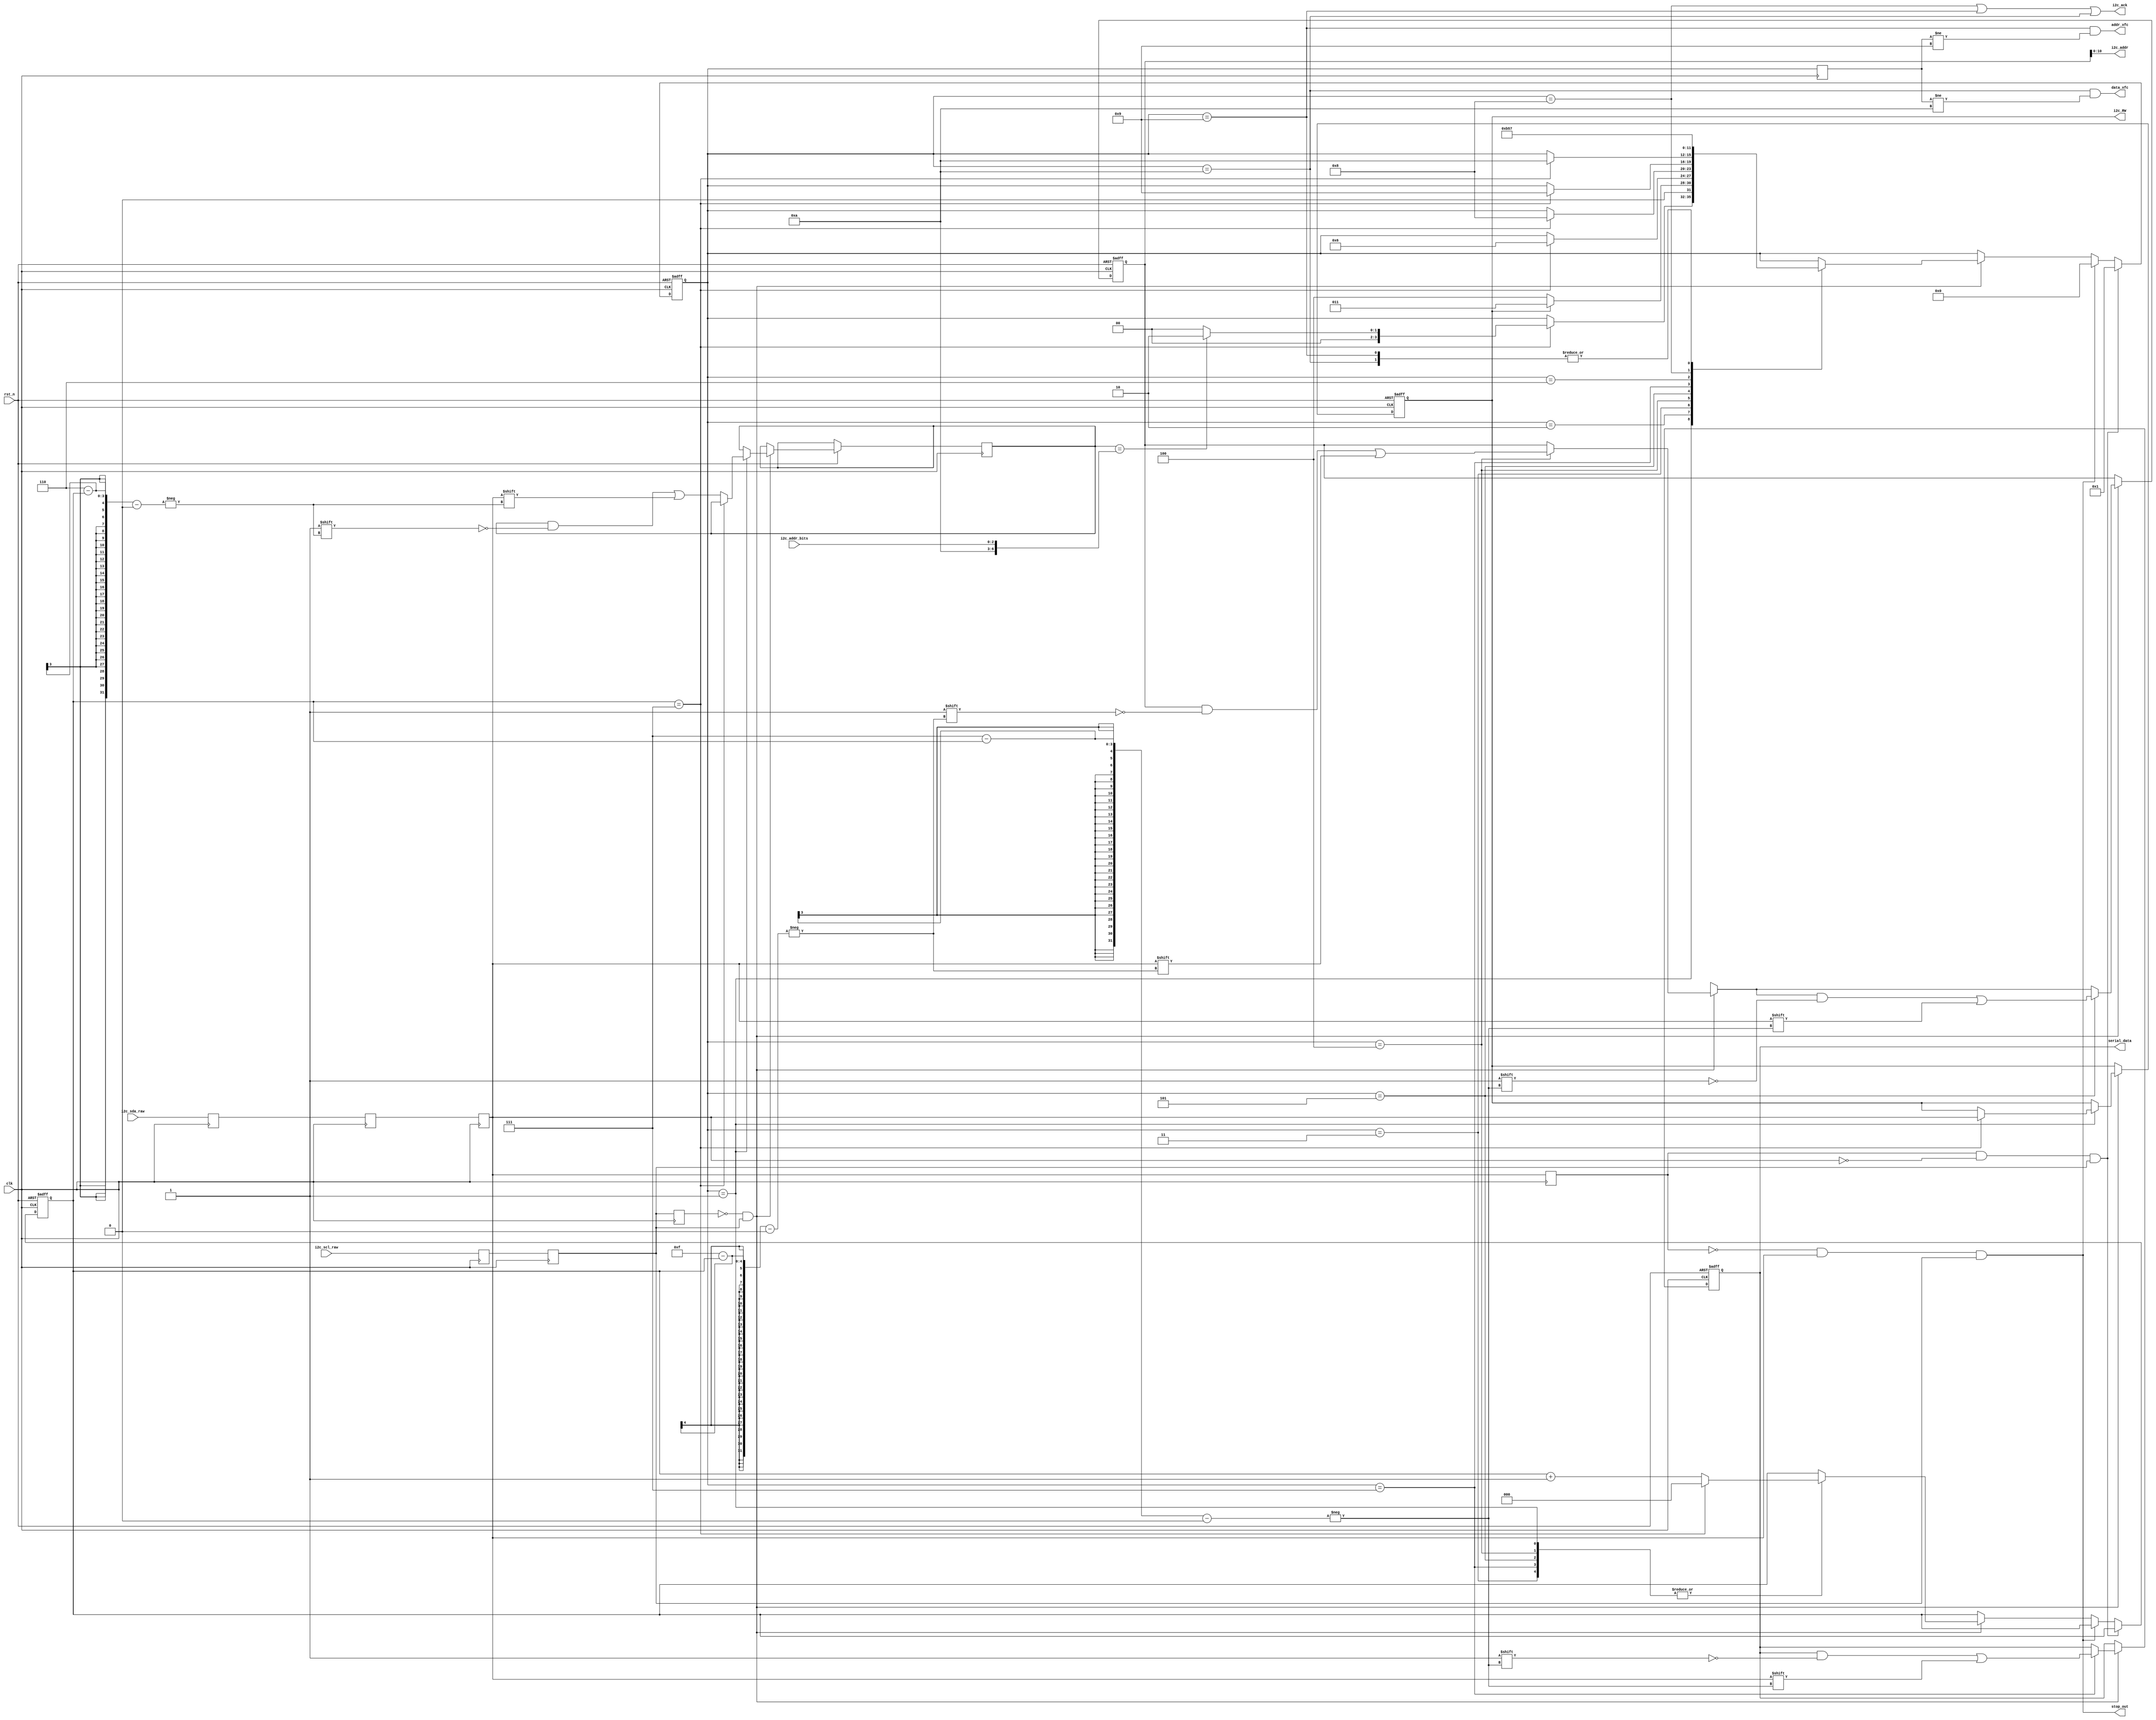
`timescale 1ns / 1ns

`define I2C_DESERIAL_STATE_IDLE                0
`define I2C_DESERIAL_STATE_ID                  1
`define I2C_DESERIAL_STATE_ACK_ID              2
`define I2C_DESERIAL_STATE_RD_DAT              3
`define I2C_DESERIAL_STATE_WR_ADDR_HI          4
`define I2C_DESERIAL_STATE_WR_ADDR_LO          5
`define I2C_DESERIAL_STATE_MASTER_ACK_RD_DAT   6
`define I2C_DESERIAL_STATE_WR_DAT              7
`define I2C_DESERIAL_STATE_ACK_WR_ADDR_HI      8
`define I2C_DESERIAL_STATE_ACK_WR_ADDR_LO      9
`define I2C_DESERIAL_STATE_ACK_WR_DAT          10
`define I2C_DESERIAL_STATE_RD                  11

module Deserializer(
    input clk,
    input rst_n,
    input i2c_sda_raw,
	input i2c_scl_raw,
    input [2:0] i2c_addr_bits, 
	  
    output reg          i2c_RW,	 
    output     [10:0]   i2c_addr,
	output              addr_xfc,
	output              i2c_ack,
	output              data_xfc,
	output reg [7:0]    serial_data,
	output              stop_out
	);
	 
    //Double and triple rank sda and scl
    reg scl_p1;
    reg sda_p1;
    reg sda_p2;
    reg sda_p3;
    reg i2c_scl;
    reg i2c_sda;

    reg [15:0] i2c_addr_rx;
    
    reg [3:0] i2c_deserial_state;
    reg [3:0] i2c_deserial_state_p1;
    reg [2:0] byte_bit_cnt;
    reg [6:0] i2c_received_id;

    //Set address with offboard bits 1010XXX
    wire [6:0] slave_addr ;

    assign i2c_addr = i2c_addr_rx[10:0];
    
    always@(posedge clk)
    begin
        scl_p1  <= i2c_scl_raw;
        i2c_scl <= scl_p1;
        
        sda_p1  <= i2c_sda_raw;
        sda_p2  <= sda_p1;
        sda_p3  <= sda_p2;
        i2c_sda <= sda_p2;          // Delay SDA input two cycles beyond SCL
        
        i2c_deserial_state_p1 <= i2c_deserial_state;
    end


    //Create SDA and SCL Pulse Signals, and states
    wire i2c_sda_pos_pulse;
    wire i2c_sda_neg_pulse;
    wire i2c_scl_pos_pulse;
    wire i2c_scl_neg_pulse;

    reg Q_sda;
    reg Q_scl;

    //Find incoming pulses and createlocal clocked pulses at edges
    always@(posedge clk)
    begin
        Q_sda = i2c_sda;
        Q_scl = i2c_scl;
    end
    
    assign i2c_sda_neg_pulse =  Q_sda && !i2c_sda;
    assign i2c_sda_pos_pulse = !Q_sda &&  i2c_sda;
    assign i2c_scl_neg_pulse =  Q_scl && !i2c_scl;
    assign i2c_scl_pos_pulse = !Q_scl &&  i2c_scl;

    assign slave_addr = {4'b1010 , i2c_addr_bits};  //set slave_addr = 1010XXX with external pins

    // A HIGH to LOW transition on the SDA line while SCL is HIGH defines a START condition.
    assign i2c_strt_condition = i2c_sda_neg_pulse && i2c_scl;
    
    // A LOW to HIGH transition on the SDA line while SCL is HIGH defines a STOP condition.        
    assign i2c_stop_condition = i2c_sda_pos_pulse && i2c_scl;

    always@(posedge clk or negedge rst_n)
    begin
        if (!rst_n)
        begin
            i2c_deserial_state <= `I2C_DESERIAL_STATE_IDLE;
            byte_bit_cnt <= 0;
        end
        
        else if (i2c_strt_condition)
            i2c_deserial_state <= `I2C_DESERIAL_STATE_ID;
                
        else if (i2c_stop_condition)
            i2c_deserial_state <= `I2C_DESERIAL_STATE_IDLE;

        else if (i2c_scl_pos_pulse)
        begin
            case (i2c_deserial_state)
                `I2C_DESERIAL_STATE_ID:
                    if (byte_bit_cnt == 7)
                    begin
                        if (i2c_received_id == slave_addr)
                            i2c_deserial_state <= `I2C_DESERIAL_STATE_ACK_ID;
                        else
                            i2c_deserial_state <= `I2C_DESERIAL_STATE_IDLE;
                            
                        byte_bit_cnt <= 0;
                    end
                    
                    else
                        byte_bit_cnt <= byte_bit_cnt + 1;       
                    
                `I2C_DESERIAL_STATE_ACK_ID:
                    if (i2c_RW)
                        i2c_deserial_state <= `I2C_DESERIAL_STATE_RD_DAT;
                    else
                        i2c_deserial_state <= `I2C_DESERIAL_STATE_WR_ADDR_HI;

                `I2C_DESERIAL_STATE_RD_DAT:
                    if (byte_bit_cnt == 7)
                    begin
                        i2c_deserial_state <= `I2C_DESERIAL_STATE_MASTER_ACK_RD_DAT;
                        byte_bit_cnt <= 0;
                    end
                    
                    else
                        byte_bit_cnt <= byte_bit_cnt + 1;       
                    
                `I2C_DESERIAL_STATE_WR_ADDR_HI:
                    if (byte_bit_cnt == 7)
                    begin
                        i2c_deserial_state <= `I2C_DESERIAL_STATE_ACK_WR_ADDR_HI;
                        byte_bit_cnt <= 0;
                    end
                    
                    else
                        byte_bit_cnt <= byte_bit_cnt + 1;       
                    
                `I2C_DESERIAL_STATE_WR_ADDR_LO:
                    if (byte_bit_cnt == 7)
                    begin
                        i2c_deserial_state <= `I2C_DESERIAL_STATE_ACK_WR_ADDR_LO;
                        byte_bit_cnt <= 0;
                    end
                    
                    else
                        byte_bit_cnt <= byte_bit_cnt + 1;       
                    
                `I2C_DESERIAL_STATE_WR_DAT:
                    if (byte_bit_cnt == 7)
                    begin
                        i2c_deserial_state <= `I2C_DESERIAL_STATE_ACK_WR_DAT;
                        byte_bit_cnt <= 0;
                    end
                    
                    else
                        byte_bit_cnt <= byte_bit_cnt + 1;       
                    
                `I2C_DESERIAL_STATE_MASTER_ACK_RD_DAT:
                    i2c_deserial_state <= `I2C_DESERIAL_STATE_RD;

                `I2C_DESERIAL_STATE_ACK_WR_ADDR_HI:
                    i2c_deserial_state <= `I2C_DESERIAL_STATE_WR_ADDR_LO;
                
                `I2C_DESERIAL_STATE_ACK_WR_ADDR_LO:
                    i2c_deserial_state <= `I2C_DESERIAL_STATE_WR_DAT;
                
                `I2C_DESERIAL_STATE_ACK_WR_DAT:
                    i2c_deserial_state <= `I2C_DESERIAL_STATE_WR_DAT;
                
            endcase    
        end
    end

    assign i2c_ack = (i2c_deserial_state == `I2C_DESERIAL_STATE_ACK_WR_ADDR_HI || i2c_deserial_state == `I2C_DESERIAL_STATE_ACK_WR_ADDR_LO || i2c_deserial_state == `I2C_DESERIAL_STATE_ACK_WR_DAT);
        
    always @ (posedge clk or negedge rst_n)
    begin
        if (!rst_n)
        begin
            i2c_RW	    <= 0;
            i2c_addr_rx <= 0;
            serial_data <= 0;
        end
        else if (i2c_scl_pos_pulse)
        begin
            if (i2c_deserial_state == `I2C_DESERIAL_STATE_ID)
                if (byte_bit_cnt == 7)
                    i2c_RW <= i2c_sda;
                else
                    i2c_received_id[6-byte_bit_cnt] <= i2c_sda;
                
            if (i2c_deserial_state == `I2C_DESERIAL_STATE_WR_ADDR_HI)
                i2c_addr_rx[15-byte_bit_cnt] <= i2c_sda;
                
            if (i2c_deserial_state == `I2C_DESERIAL_STATE_WR_ADDR_LO)
                i2c_addr_rx[7-byte_bit_cnt] <= i2c_sda;
            
            if (i2c_deserial_state == `I2C_DESERIAL_STATE_WR_DAT)
                serial_data[7-byte_bit_cnt] <= i2c_sda;
        end
    end

    assign addr_xfc = ((i2c_deserial_state == `I2C_DESERIAL_STATE_ACK_WR_ADDR_LO) && (i2c_deserial_state_p1 != `I2C_DESERIAL_STATE_ACK_WR_ADDR_LO));
    assign data_xfc = ((i2c_deserial_state == `I2C_DESERIAL_STATE_ACK_WR_DAT) && (i2c_deserial_state_p1 != `I2C_DESERIAL_STATE_ACK_WR_DAT));
    assign stop_out = i2c_stop_condition;

endmodule